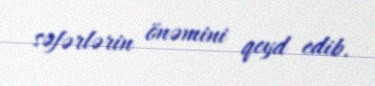
səfərlərin önəmini qeyd edib.